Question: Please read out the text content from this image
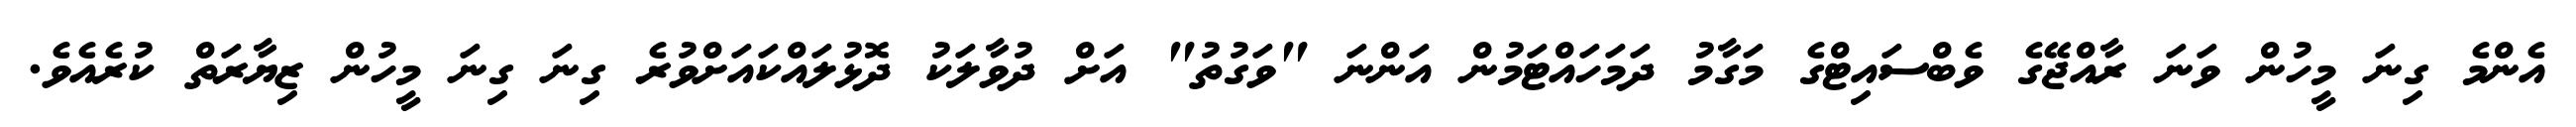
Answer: އެންމެ ގިނަ މީހުން ވަނަ ރާއްޖޭގެ ވެބްސައިޓްގެ މަގާމު ދަމަހައްޓަމުން އަންނަ "ވަގުތު" އަށް ދުވާލަކު ދޮޅުލައްކައަށްވުރެ ގިނަ ގިނަ މީހުން ޒިޔާރަތް ކުރެއެވެ.